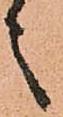
よ